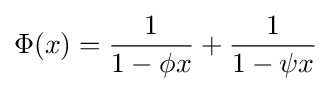
\Phi (x)={\frac {1}{1-\phi x}}+{\frac {1}{1-\psi x}}